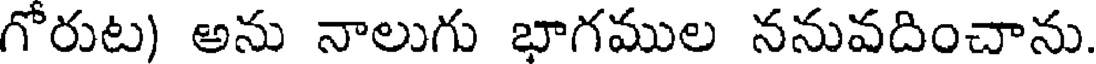
గోరుట) అను నాలుగు భాగముల ననువదించాను